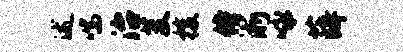
述喘治芟梭侍淅咏薛